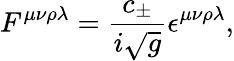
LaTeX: F^{\mu\nu\rho\lambda}=\frac{c_{\pm}}{i\sqrt{g}}\epsilon^{\mu\nu\rho\lambda},